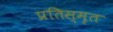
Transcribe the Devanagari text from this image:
प्रतिस्मृत